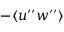
- \langle { u ^ { \prime \prime } w ^ { \prime \prime } } \rangle